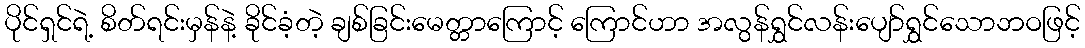
ပိုင်ရှင်ရဲ့ စိတ်ရင်းမှန်နဲ့ ခိုင်ခံ့တဲ့ ချစ်ခြင်းမေတ္တာကြောင့် ကြောင်ဟာ အလွန်ရွှင်လန်းပျော်ရွှင်သောဘဝဖြင့်